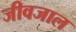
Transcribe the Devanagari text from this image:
जीवजाल